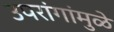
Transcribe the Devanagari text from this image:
उपरांगांमुळे